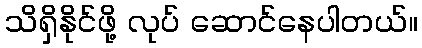
သိရှိနိုင်ဖို့ လုပ် ဆောင်နေပါတယ်။